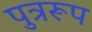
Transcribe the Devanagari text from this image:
पुत्ररूप